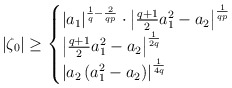
\begin{align*} |\zeta_0|\ge\begin{cases}\left |a_1 \right|^{\frac{1}{q}-\frac{2}{qp}}\cdot \left|\frac{q+1}{2}a_1^2-a_2 \right|^{\frac{1}{qp}}& \\\left|\frac{q+1}{2}a_1^2-a_2 \right|^{\frac{1}{2q}}& \\\left|a_2\left(a_1^2-a_2\right)\right|^{\frac{1}{4q}}& \end{cases}\end{align*}